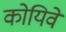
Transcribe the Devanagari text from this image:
कोयिवे